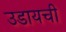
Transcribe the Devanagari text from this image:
उडायची